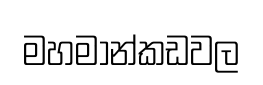
මහමාන්කඩවල